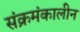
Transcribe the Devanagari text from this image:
संक्रमंकालीन